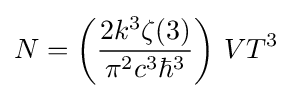
N=\left({\frac {2k^{3}\zeta (3)}{\pi ^{2}c^{3}\hbar ^{3}}}\right)\,VT^{3}